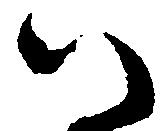
い